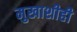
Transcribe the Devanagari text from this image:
मुखाशीही